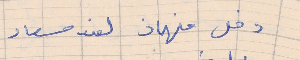
دخل فهمان لعند سعاد